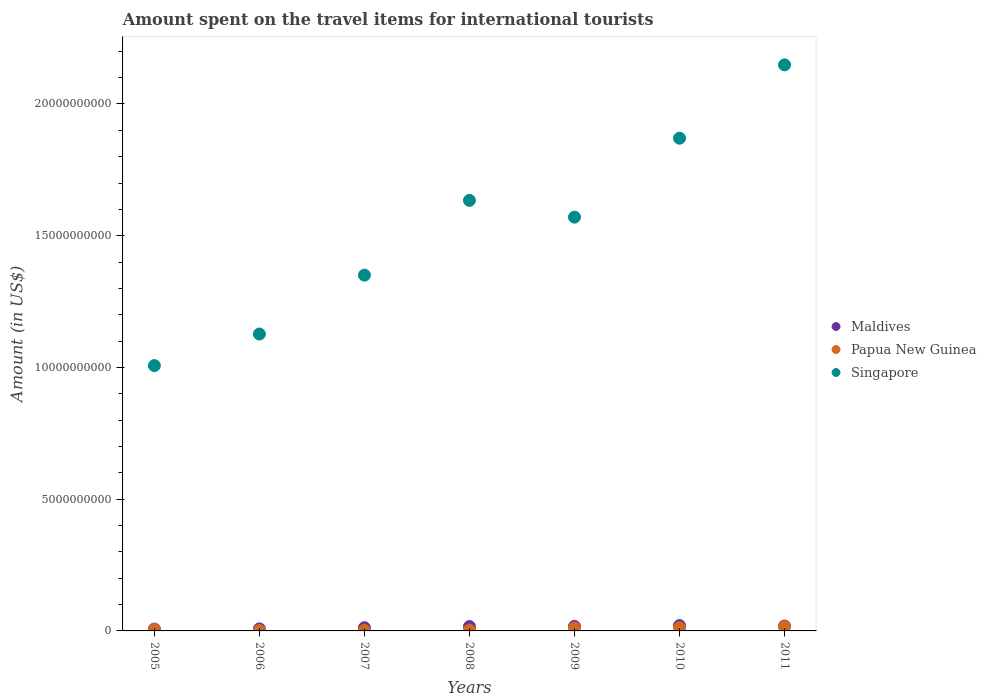
| Years | Maldives | Papua New Guinea | Singapore |
 | --- | --- | --- | --- |
 | 2005 | 7e+07 | 5.6e+07 | 1.01e+10 |
 | 2006 | 7.8e+07 | 1.6e+07 | 1.13e+10 |
 | 2007 | 1.22e+08 | 2.1e+07 | 1.35e+10 |
 | 2008 | 1.67e+08 | 2.9e+07 | 1.63e+10 |
 | 2009 | 1.74e+08 | 1.13e+08 | 1.57e+10 |
 | 2010 | 2.05e+08 | 1.19e+08 | 1.87e+10 |
 | 2011 | 1.86e+08 | 1.61e+08 | 2.15e+10 |